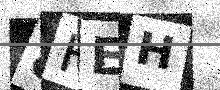
Text: 8HEH